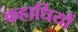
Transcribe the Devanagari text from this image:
कहाधियों